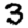
Digit: 3